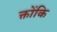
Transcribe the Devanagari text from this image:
क्तोंकि